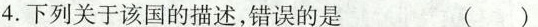
4.下列关于该国的描述，错误的是 ()